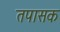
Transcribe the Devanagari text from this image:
तपासक